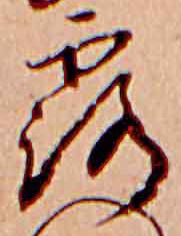
露